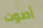
أصوت